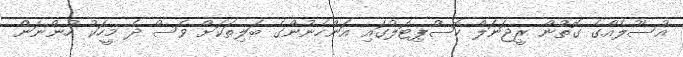
އުސޫލެއްގެ ގޮތުން ރީޖަނަލް ހޮސްޕިޓަލުގައި އަންހެނުންގެ ބަލިތަކަށް ވެސް ދެ މީހަކު ހުންނަން